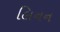
લિનન